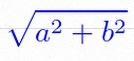
\sqrt{a^2+b^2}